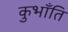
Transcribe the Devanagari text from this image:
कुभाँति